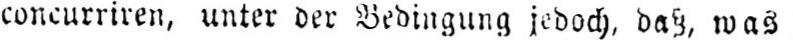
concurriren, unter der Bedingung jedoch, daß, was